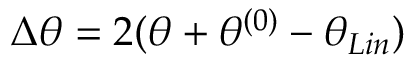
\Delta \theta = 2 ( \theta + \theta ^ { ( 0 ) } - \theta _ { L i n } )